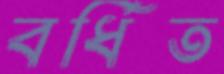
বর্ধিত